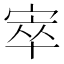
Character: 𡨧